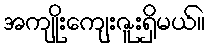
အကျိုးကျေးဇူးရှိမယ်။